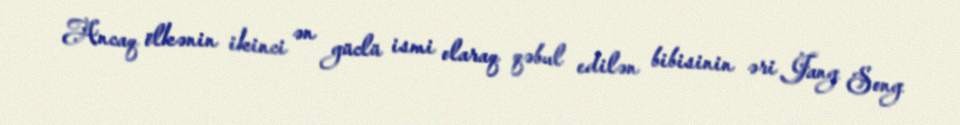
Ancaq ölkənin ikinci ən güclü ismi olaraq qəbul edilən bibisinin əri Jang Song